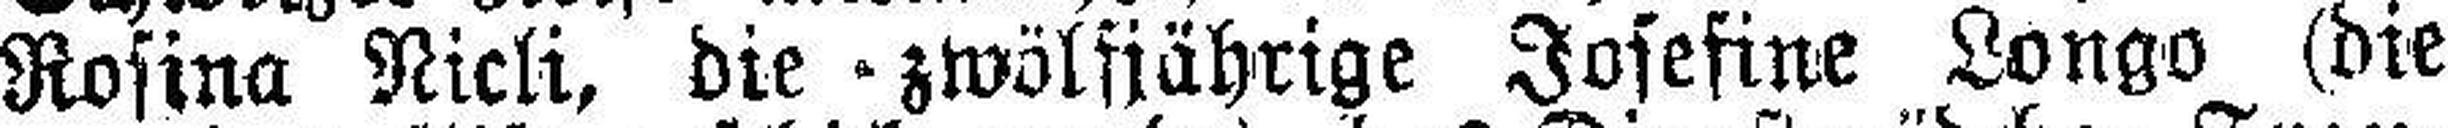
Rosina Nicli, die zwölfjährige Josefine Longo (die